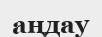
аңдау